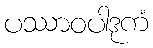
ပဿာဝပါဒုကံ